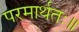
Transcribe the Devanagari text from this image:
परमार्थतः॥